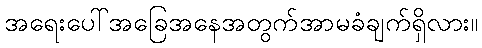
အရေးပေါ်အခြေအနေအတွက်အာမခံချက်ရှိလား။